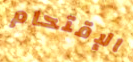
الإقتحام